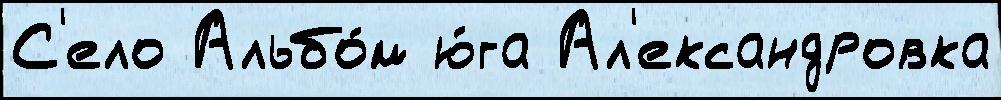
С'ело Альбо́м ю́га Ал'ександровка